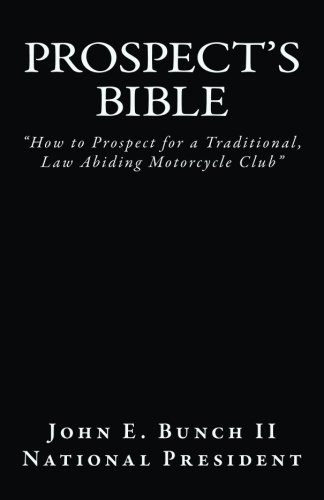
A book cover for Prospect's Bible: "How to Prospect for a Traditional, Law Abiding Motorcycle Club (Motorcycle Club Bible) (Volume 1); Mr. John E. Bunch II; Engineering & Transportation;